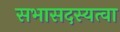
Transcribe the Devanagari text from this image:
सभासदस्यत्वा